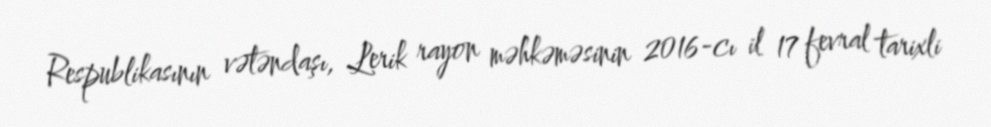
Respublikasının vətəndaşı, Lerik rayon məhkəməsinin 2016-cı il 17 fevral tarixli